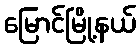
မြောင်မြို့နယ်